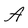
Character: A